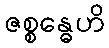
ဇစ္စန္ဓေဟိ